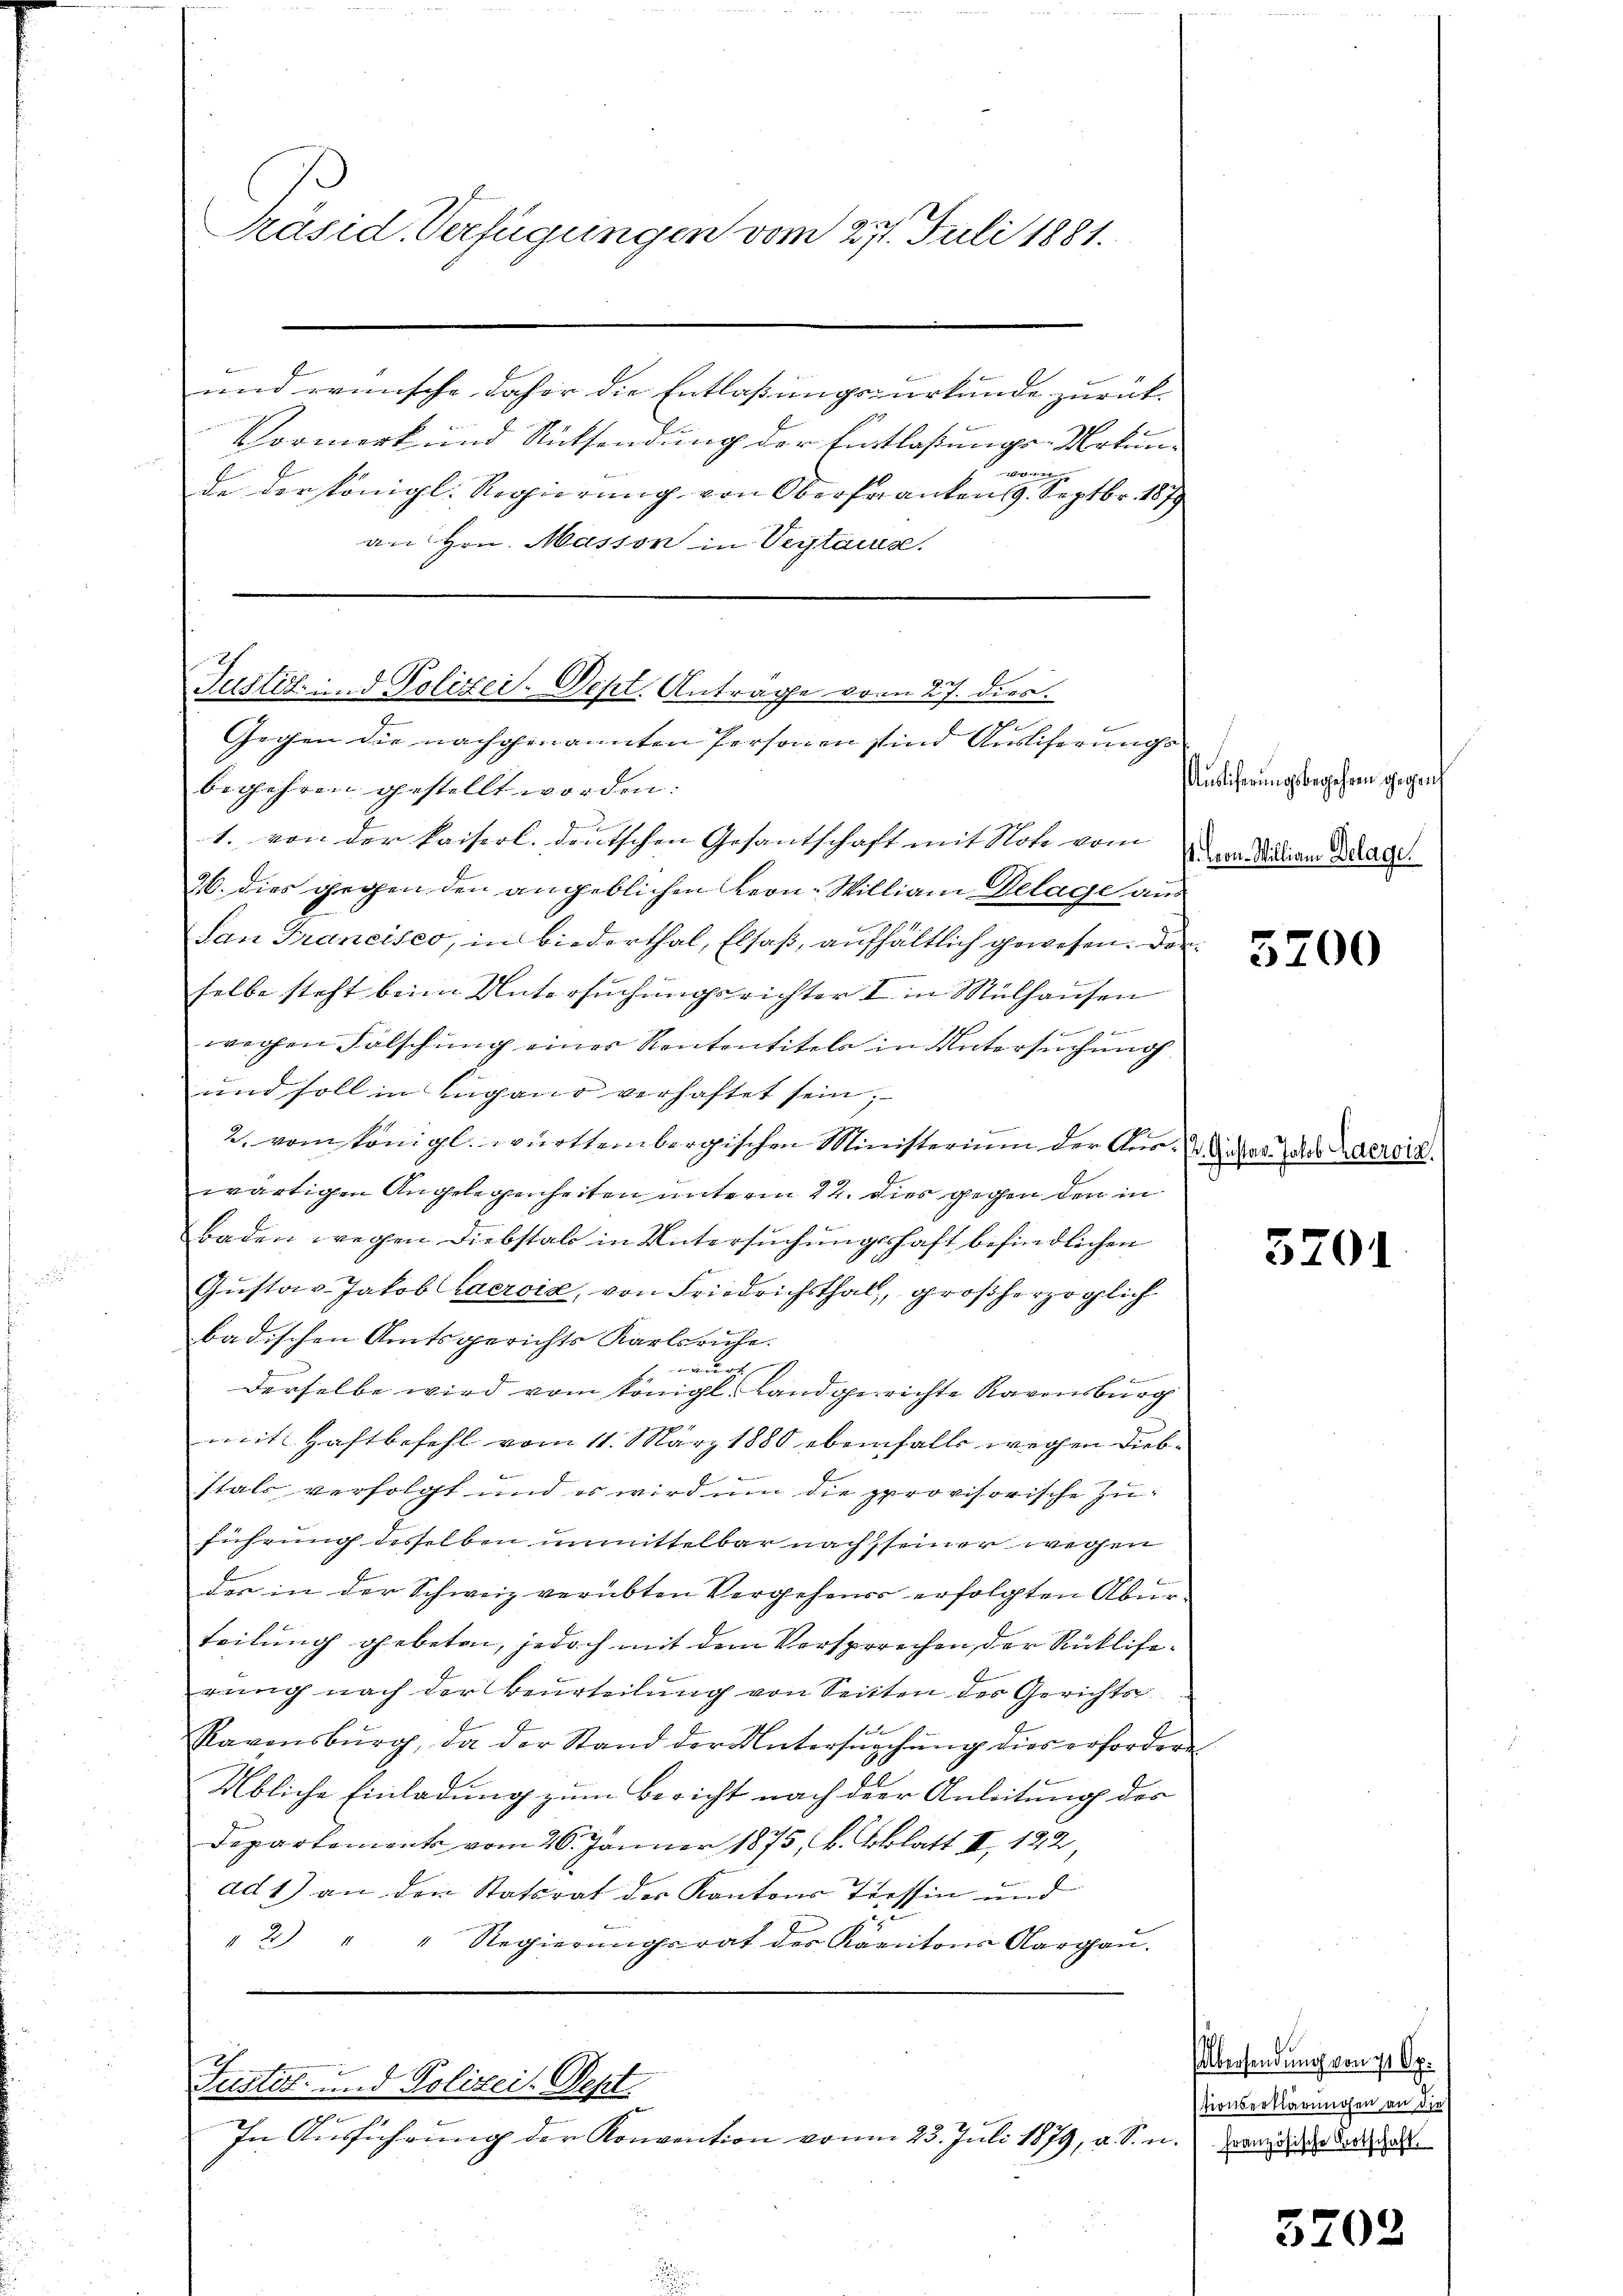
Präsid. Verfügungen vom 27. Juli 1881.

und wünsche daher die Entlaßungsurkunde zurück-
f
Vormerk und Rücksendung der Entlassungs-Urkun-
vorigen
de der Königl. Regierung von Oberfranken 19. Septbr. 1879
an Hrn. Masson in Vertause.

begehren gestellt worden:
1. von der kaiserl. deutschen Gesantschaft mit Note vom
26. dies gegen den angeblichen Kern-William Gelage aus
San Francisco, in Biederthal, Elsaß, aufhältlich gewesen. Der
selbe steht beim Untersuchungsrichter I in Mülhausen

wegen Falschung eines Kententitels in Untersuchung
und soll in Lugano verhaftet sein;
2. vom Königl. württembergischen Ministerium der Aus Zdar das Lacroix,
wärtigen Angelegenheiten unterm 22. dies gegen den in
Baden wegen Diebstalt in Untersuchungsschaft befindlichen
Gŭstav-Jakob Lacroix, von Friedrichsthal, großherzoglich
badischen Amtsgerichts Karlsruhe.
nau
0 x
derselbe wird vom königl. Landgerichte Kavensburg
mit Haftbefehl vom 11. März 1880 ebenfalls wegen Diebstals verfolgt und es wird um die provisorische Zuführung desselben unmittelbar nach seiner wegen
der in der Schweiz verübten Vergehenes erfolgten Aber
teilung gebeten, jedoch mit dem Versprechen der Rückliferung nach der Beurteilung von Seitten der Gerichts
Ravensburg, da der Stand der Untersŭchŭng dies erfordern
Übliche Einladung zum Bericht nach der Anleitung des
Departement vom 26. Jänner 1875, b. Bblatt II, 122,
ad 1) an den Statsrat der Kantons Tessin und
d
" 2) " " Regierŭngsrat der Kantons Aargaŭ.

Justiz- und Polizei-Dept. Antrage vom 27. dies
Gegen die nachgenannten Personen sind Ausliserungs

Justiz- und Polizei. Sept

In Ausführung der Konvention vom 23. Juli 1879, u. S. n

Auslicherungsbegehren gegenh
V. Cron. Millian Belage.

5200

3201

Übersendung von 11 Op.
sionserklärungen an die
c. französische Botschaft.

5202